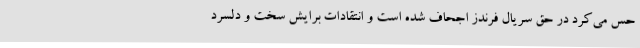
حس می‌کرد در حق سریال فرندز اجحاف شده است و انتقادات برایش سخت و دلسرد